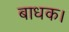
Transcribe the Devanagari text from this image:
बाधक।